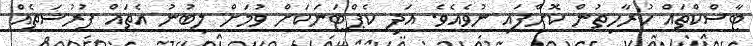
ޓާސްކްތައް ކުރާހިތުން ކޮށްފައި ނުވެއެވެ. އަދި ކެޕްޓަނަކަށް ވުމަށް ލިބުނު އެތައް ފުރުސަތެއް